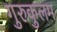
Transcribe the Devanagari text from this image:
गुरुकुलम